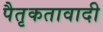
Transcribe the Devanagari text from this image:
पैतृकतावादी